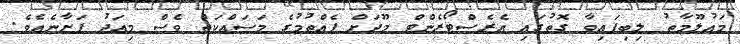
މައުލޫމާތު ލިބިފައިވާ ގޮތުގައި އެރެސްޓޯރެންޓް މޫދަށް ފެއްތުމުގެ މަސައްކަތް ވެސް މިއަދު ފަށާނެއެވެ.